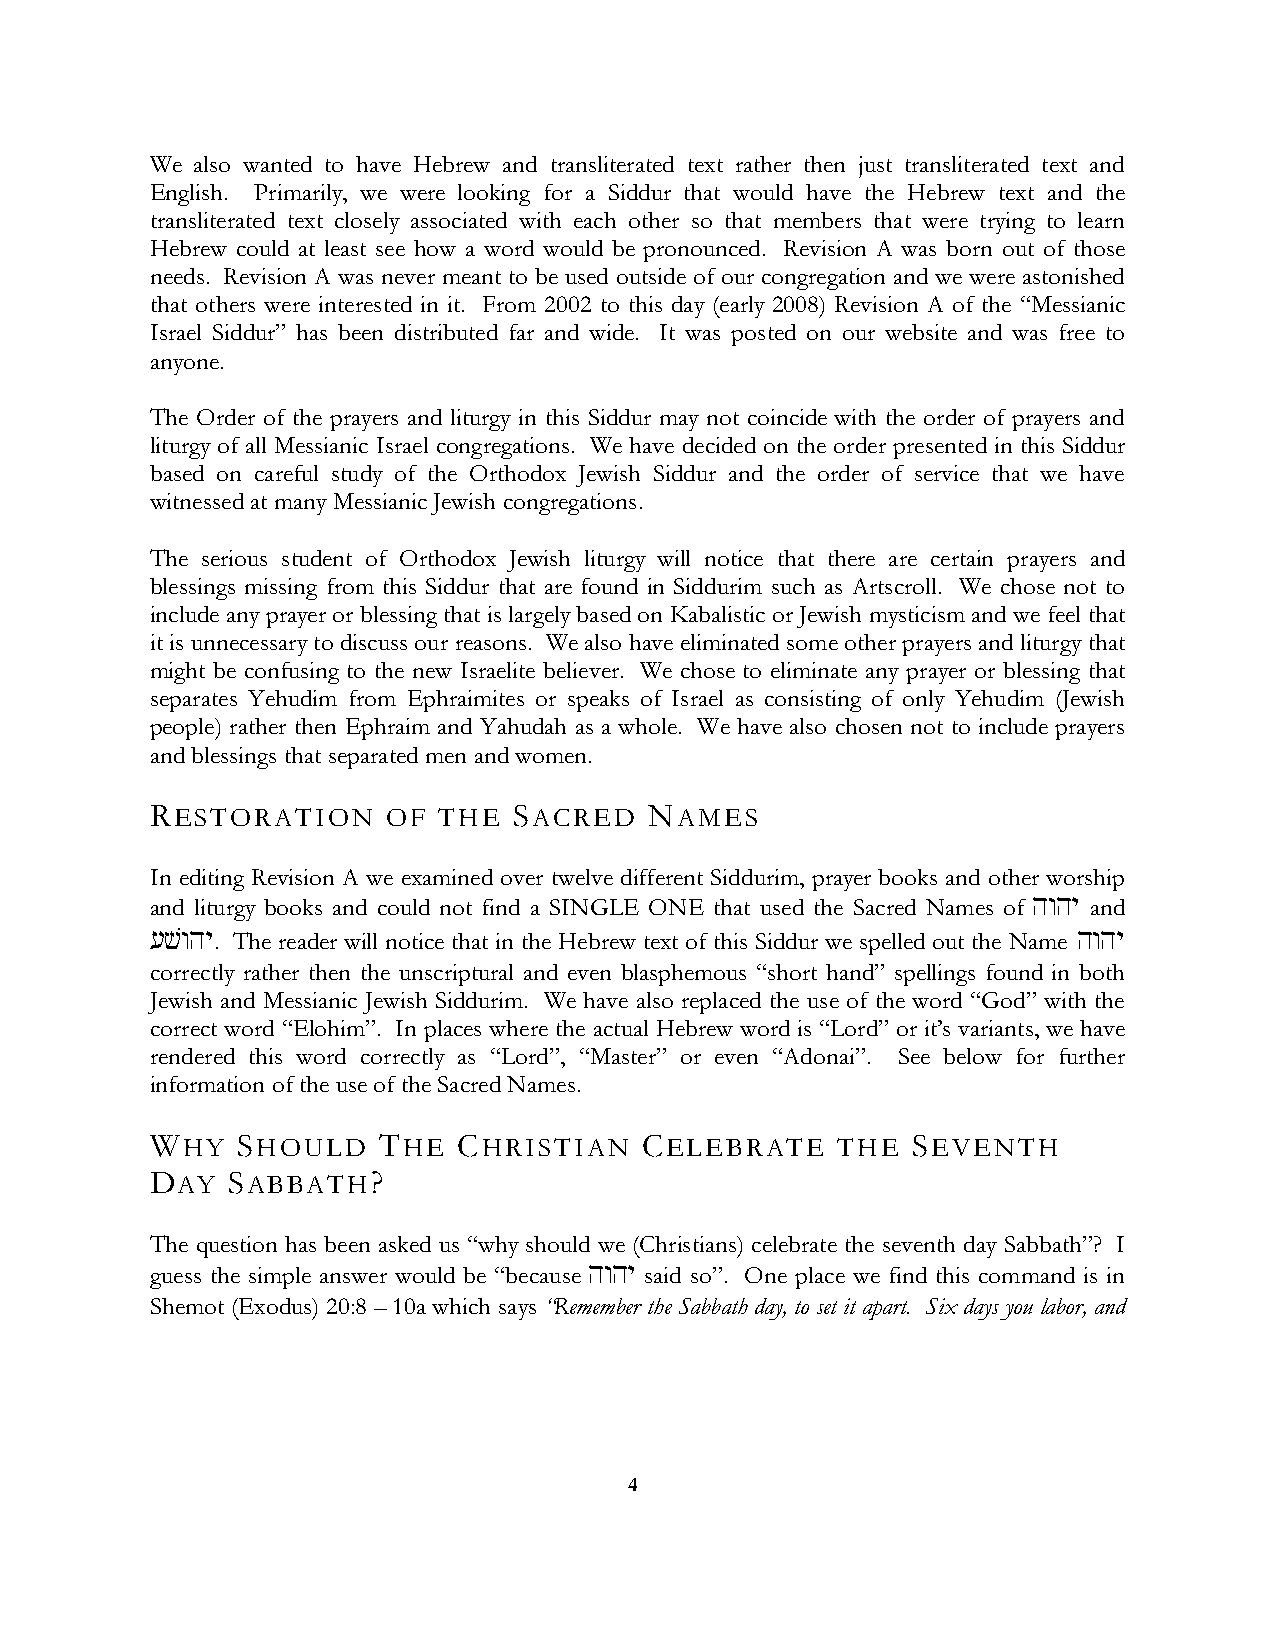
We also wanted to have Hebrew and transliterated text rather then just transliterated text and
 English. Primarily, we were looking for a Siddur that would have the Hebrew text and the
 transliterated text closely associated with each other so that members that were trying to learn
 Hebrew could at least see how a word would be pronounced. Revision A was born out of those
 needs. Revision A was never meant to be used outside of our congregation and we were astonished
 that others were interested in it. From 2002 to this day (early 2008) Revision A of the “Messianic
 Israel Siddur” has been distributed far and wide. It was posted on our website and was free to
 anyone.
 The Order of the prayers and liturgy in this Siddur may not coincide with the order of prayers and
 liturgy of all Messianic Israel congregations. We have decided on the order presented in this Siddur
 based on careful study of the Orthodox Jewish Siddur and the order of service that we have
 witnessed at many Messianic Jewish congregations.
 The serious student of Orthodox Jewish liturgy will notice that there are certain prayers and
 blessings missing from this Siddur that are found in Siddurim such as Artscroll. We chose not to
 include any prayer or blessing that is largely based on Kabalistic or Jewish mysticism and we feel that
 it is unnecessary to discuss our reasons. We also have eliminated some other prayers and liturgy that
 might be confusing to the new Israelite believer. We chose to eliminate any prayer or blessing that
 separates Yehudim from Ephraimites or speaks of Israel as consisting of only Yehudim (Jewish
 people) rather then Ephraim and Yahudah as a whole. We have also chosen not to include prayers
 and blessings that separated men and women.
 RESTORATION     OF THE  SACRED   NAMES
 In editing Revision A we examined over twelve different Siddurim, prayer books and other worship
 and liturgy books and could not find a SINGLE ONE that used the Sacred Names of hwhy and
 [vwhy. The reader will notice that in the Hebrew text of this Siddur we spelled out the Name hwhy
 correctly rather then the unscriptural and even blasphemous “short hand” spellings found in both
 Jewish and Messianic Jewish Siddurim. We have also replaced the use of the word “God” with the
 correct word “Elohim”. In places where the actual Hebrew word is “Lord” or it’s variants, we have
 rendered this word correctly as “Lord”, “Master” or even “Adonai”. See below for further
 information of the use of the Sacred Names.
 WHY   SHOULD   THE  CHRISTIAN    CELEBRATE   THE  SEVENTH
 DAY  SABBATH?
 The question has been asked us “why should we (Christians) celebrate the seventh day Sabbath”? I
 guess the simple answer would be “because hwhy said so”. One place we find this command is in
 Shemot (Exodus) 20:8 – 10a which says “Remember the Sabbath day, to set it apart. Six days you labor, and
 4